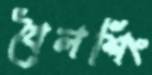
বৈলশিং